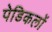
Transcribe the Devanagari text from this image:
पेडिकलों